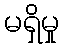
မရှိမှု